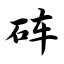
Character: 砗